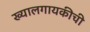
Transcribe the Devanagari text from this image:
ख्यालगायकीची